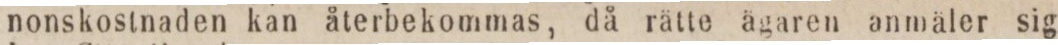
nonskostnaden kan återbekommas, då rätte ägaren anmäler sig